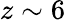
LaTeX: z\sim 6